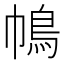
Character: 𢄦